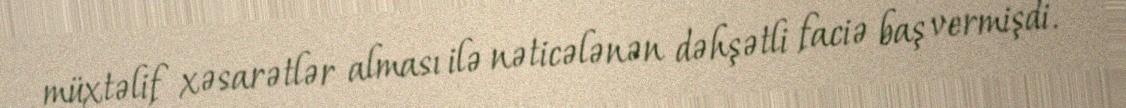
müxtəlif xəsarətlər alması ilə nəticələnən dəhşətli faciə baş vermişdi.